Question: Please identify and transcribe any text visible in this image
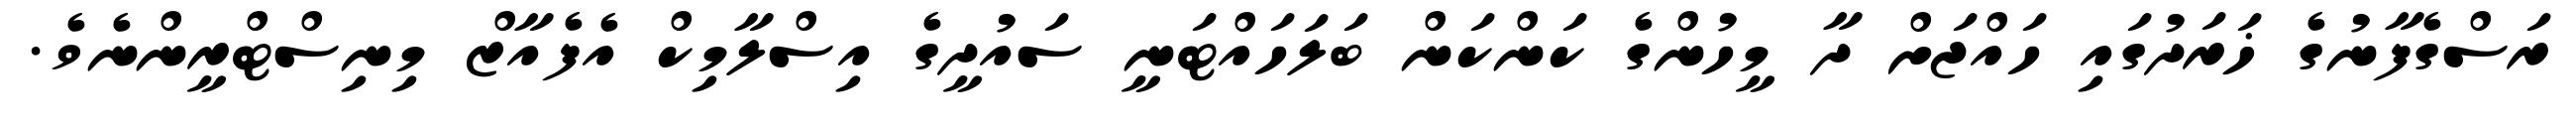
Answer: ރަސްގެފާނުގެ ޚަރަދުގައި ހައްޖަށް ދާ މީހުންގެ ކަންކަން ބަލަހައްޓަނީ ސައުދީގެ އިސްލާމިކް އެފެއާޒް މިނިސްޓްރީންނެވެ.